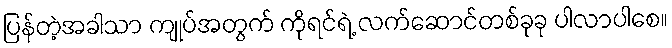
ပြန်တဲ့အခါသာ ကျုပ်အတွက် ကိုရင်ရဲ့ လက်ဆောင်တစ်ခုခု ပါလာပါစေ။